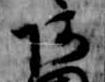
阿